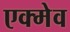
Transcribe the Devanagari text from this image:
एक्मेव